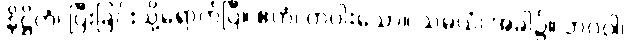
နိဋ္ဌိတံ၊ ပြီးခြင်းသို့ရောက်ပြီ။ ဧကံ၊ တပါးသော။ သမယံ၊ အခါ၌။ ဘဂဝါ၊